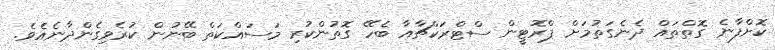
ކޮށްފާނެ ގޮތްތައް ދެނެގަތުމަށް ޕްރޮޓީން ސްޓްރަކްޗާއާ ބެހޭ ގޮތުންކުރި މަސައްކަތް ބޭނުން ކުރެވިގެންދާނެއެވެ.